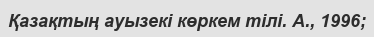
Қазақтың ауызекі көркем тілі. А., 1996;